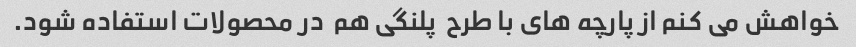
خواهش می کنم از پارچه های با طرح  پلنگی هم  در محصولات استفاده شود.